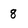
Character: 8